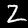
Digit: 2